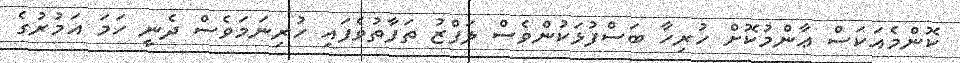
ކޮންމެއަކަސް ޢާންމުކޮށް ހުރިހާ ބަސްފުޅަކުންވެސް ލަފްޒު ތަފާތުވެފައި ހުރިނަމަވެސް ދެނީ ހަމަ އަމުރުގެ